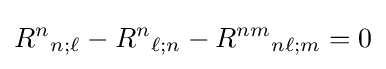
R^{n}{}_{n;\ell }-R^{n}{}_{\ell ;n}-R^{nm}{}_{n\ell ;m}=0